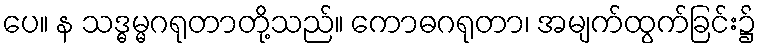
ပေ။ န သဒ္ဓမ္မဂရုတာတို့သည်။ ကောဓဂရုတာ၊ အမျက်ထွက်ခြင်း၌